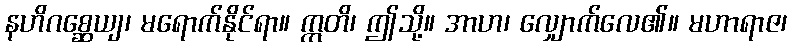
နဟိဂစ္ဆေယျ၊ မရောက်နိုင်ရာ။ ဣတိ၊ ဤသို့။ အာဟ၊ လျှောက်လေ၏။ မဟာရာဇ၊